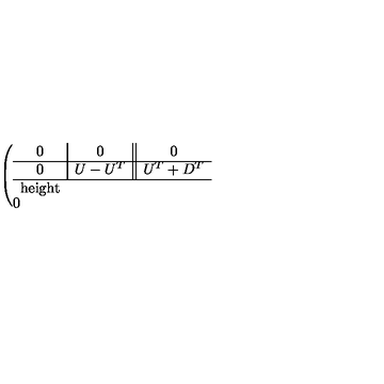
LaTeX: \left( \begin{array} { c | c | | c } { 0 } & { 0 } & { 0 } \\ \hline { 0 } & { U - U ^ { T } } & { U ^ { T } + D ^ { T } } \\ \hline { \hline 0 } & { U + D } & { D ^ { T } - D } \\ \end{array} \right) ,